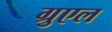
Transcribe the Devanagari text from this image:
ग्रुएल